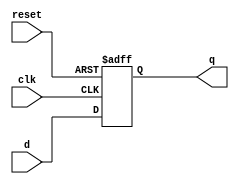
module Parametrized_Register #(
    parameter WIDTH = 8  // Default parameter value for register width
)(
    input wire clk,       // Clock signal
    input wire reset,     // Active-high asynchronous reset signal
    input wire [WIDTH-1:0] d, // Input data of size WIDTH
    output reg [WIDTH-1:0] q  // Output data of size WIDTH
);

// Behavior on clock edge and reset
always @(posedge clk or posedge reset) begin
    if (reset) begin
        q <= {WIDTH{1'b0}}; // Initialize register to zero
    end else begin
        q <= d; // Store input data to register
    end
end

endmodule